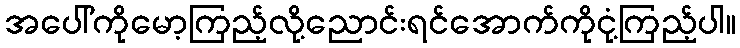
အပေါ်ကိုမော့ကြည့်လို့ညောင်းရင်အောက်ကိုငုံ့ကြည့်ပါ။